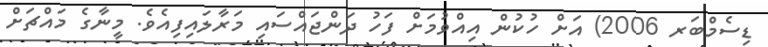
ޑިސެމްބަރ 2006) އަށް ހުކުން އިއްވުމަށް ފަހު ދަންޖައްސައި މަރާލައިފިއެވެ. މީނާގެ މައްޗަށް